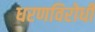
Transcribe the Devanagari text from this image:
धरणविरोधी